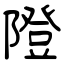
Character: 隥